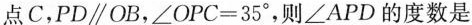
点C，PD \parallel OB，$$∠ O P C = 3 5 °$$，则∠APD的度数是。